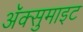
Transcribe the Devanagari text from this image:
अॅक्सुमाइट